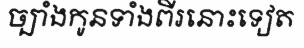
ច្បាំងកូនទាំងពីរនោះទៀត